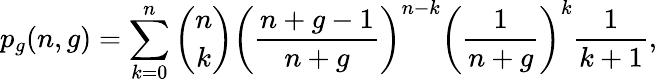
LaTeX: p_{g}(n,g)=\sum_{k=0}^{n}\binom{n}{k}\left(\frac{n+g-1}{n+g}\right)^{n-k}\left(\frac{1}{n+g}\right)^{k}\frac{1}{k+1},